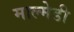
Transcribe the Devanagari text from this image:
माल्मेडी